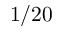
1 / 2 0